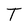
Character: T